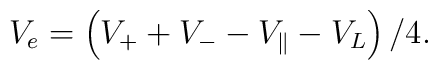
V_{e} = \left( V_{+} + V_{-} - V_{\|} - V_{L} \right) / 4.